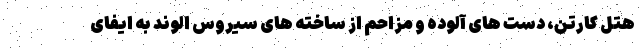
هتل کارتن، دست های آلوده و مزاحم از ساخته های سیروس الوند به ایفای